Vital statistics of India. Vol. VI, European troops 1870-79
Year: 1870
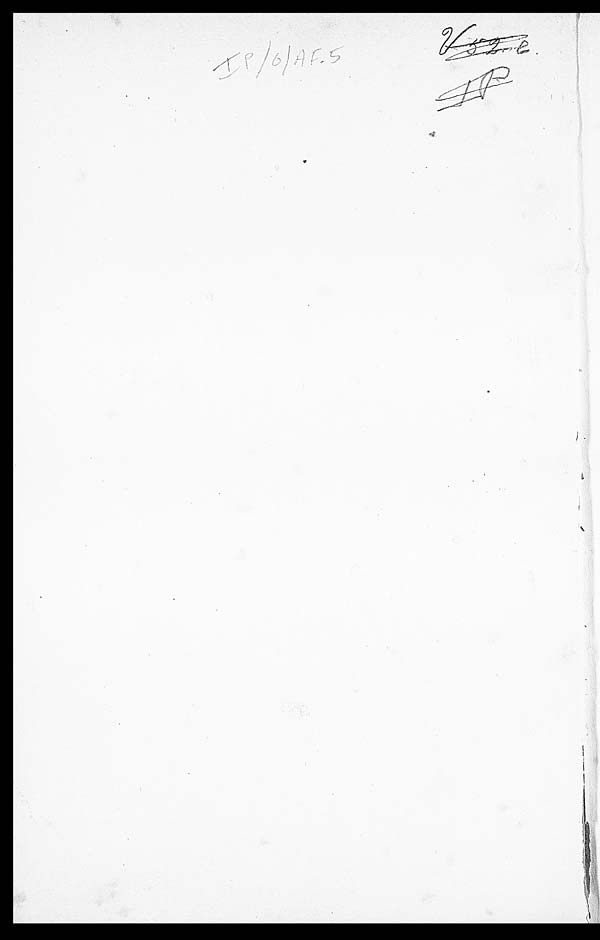
V 52 e
IP
IP/6/AF.5